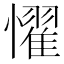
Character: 𢣷